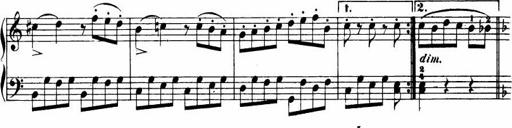
Title: Le bouquetier
Composer: Anton Diabelli
Key: G major
 C major
 F major
 C major